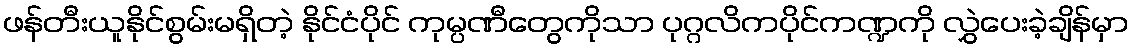
ဖန်တီးယူနိုင်စွမ်းမရှိတဲ့ နိုင်ငံပိုင် ကုမ္ပဏီတွေကိုသာ ပုဂ္ဂလိကပိုင်ကဏ္ဍကို လွှဲပေးခဲ့ချိန်မှာ